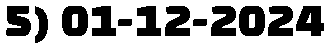
5) 01-12-2024